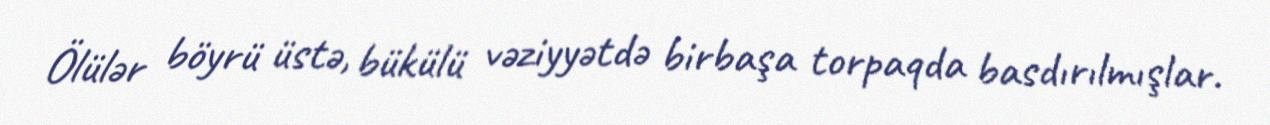
Ölülər böyrü üstə, bükülü vəziyyətdə birbaşa torpaqda basdırılmışlar.